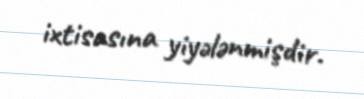
ixtisasına yiyələnmişdir.